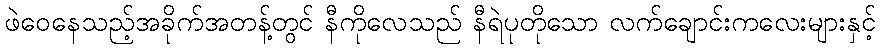
ဖဲဝေနေသည့်အခိုက်အတန့်တွင် နီကိုလေသည် နီရဲပုတိုသော လက်ချောင်းကလေးများနှင့်